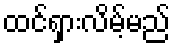
ထင်ရှားလိမ့်မည်